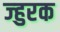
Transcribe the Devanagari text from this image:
ज्हुरक